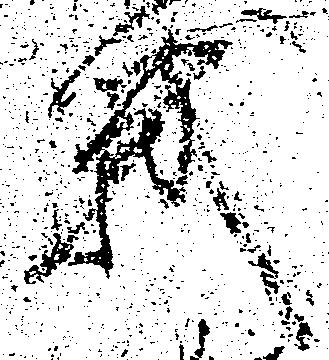
戦